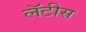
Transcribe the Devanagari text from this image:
लॅटीस